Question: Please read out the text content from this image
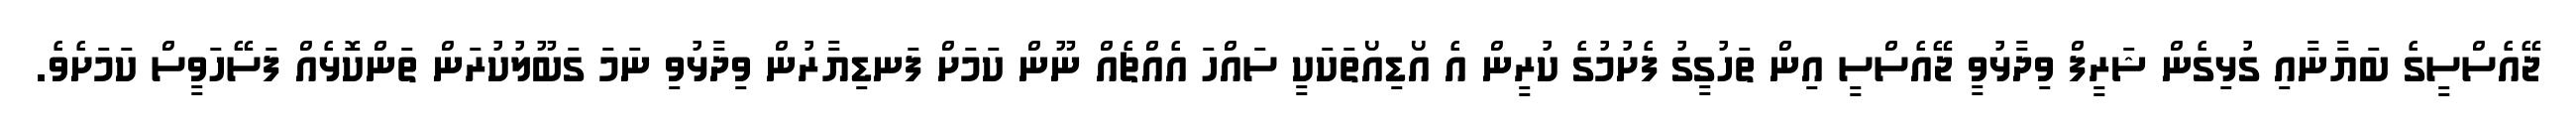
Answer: ޖޭއެސްސީގެ ބަޔާނާއި ގުޅިގެން ޝަރީފް ވިދާޅުވީ ޖޭއެސްސީ އިން ތަހުގީގު ފެށުމުގެ ކުރީން އެ އޯޑިއޯތަކަކީ ސައްހަ އެއްޗެއް ނޫން ކަމަށް ފަނޑިޔާރުން ވިދާޅުވި ނަމަ ގަބޫލުކުރަން ތަންކޮޅެއް ފަސޭހަވީސް ކަމަށެވެ.